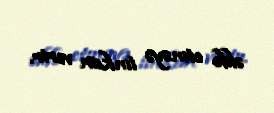
əldə etməyə imkan verir.